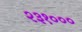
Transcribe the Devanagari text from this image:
२३१०००